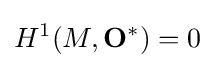
H^{1}(M,\mathbf {O} ^{*})=0